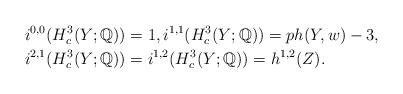
LaTeX: \begin{align*}i^{0,0}(H^3_c(Y;\mathbb{Q})) &= 1, i^{1,1}(H^3_c(Y;\mathbb{Q})) = ph(Y,w) - 3,\\ i^{2,1}(H^3_c(Y;\mathbb{Q})) &= i^{1,2}(H^3_c(Y;\mathbb{Q}))=h^{1,2}(Z).\end{align*}